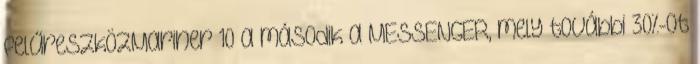
felűreszközMariner 10 a második a MESSENGER, mely további 30%-ot